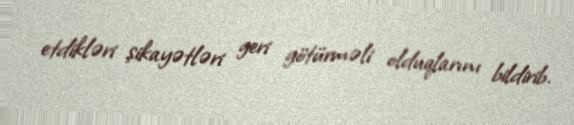
etdikləri şikayətləri geri götürməli olduqlarını bildirib.